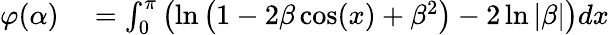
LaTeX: \begin{array}{rl}{\varphi(\alpha)}&{{}=\int_{0}^{\pi}\left(\ln\left(1-2\beta\cos(x)+\beta^{2}\right)-2\ln|\beta|\right)dx}\end{array}